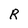
Character: R